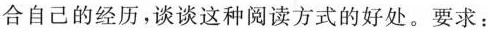
合自己的经历，谈谈这种阅读方式的好处。要求：